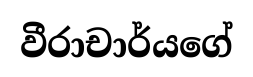
වීරාචාර්යගේ